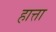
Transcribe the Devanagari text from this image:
हात्ता